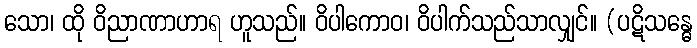
သော၊ ထို ဝိညာဏာဟာရ ဟူသည်။ ဝိပါကောဝ၊ ဝိပါက်သည်သာလျှင်။ (ပဋိသန္ဓေ